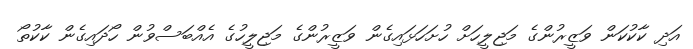
އަދި ކާކުކަން ވަޒީރުންގެ މަޖިލީހަށް ހުށަހަޅައިގެން ވަޒީރުންގެ މަޖިލީހުގެ އެއްބަސްވުން ހޯދައިގެން ކާކުތޯ